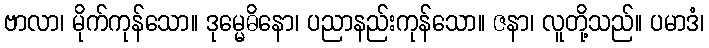
ဗာလာ၊ မိုက်ကုန်သော။ ဒုမ္မေဓိနော၊ ပညာနည်းကုန်သော။ ဇနာ၊ လူတို့သည်။ ပမာဒံ၊